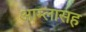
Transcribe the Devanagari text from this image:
आम्लासह